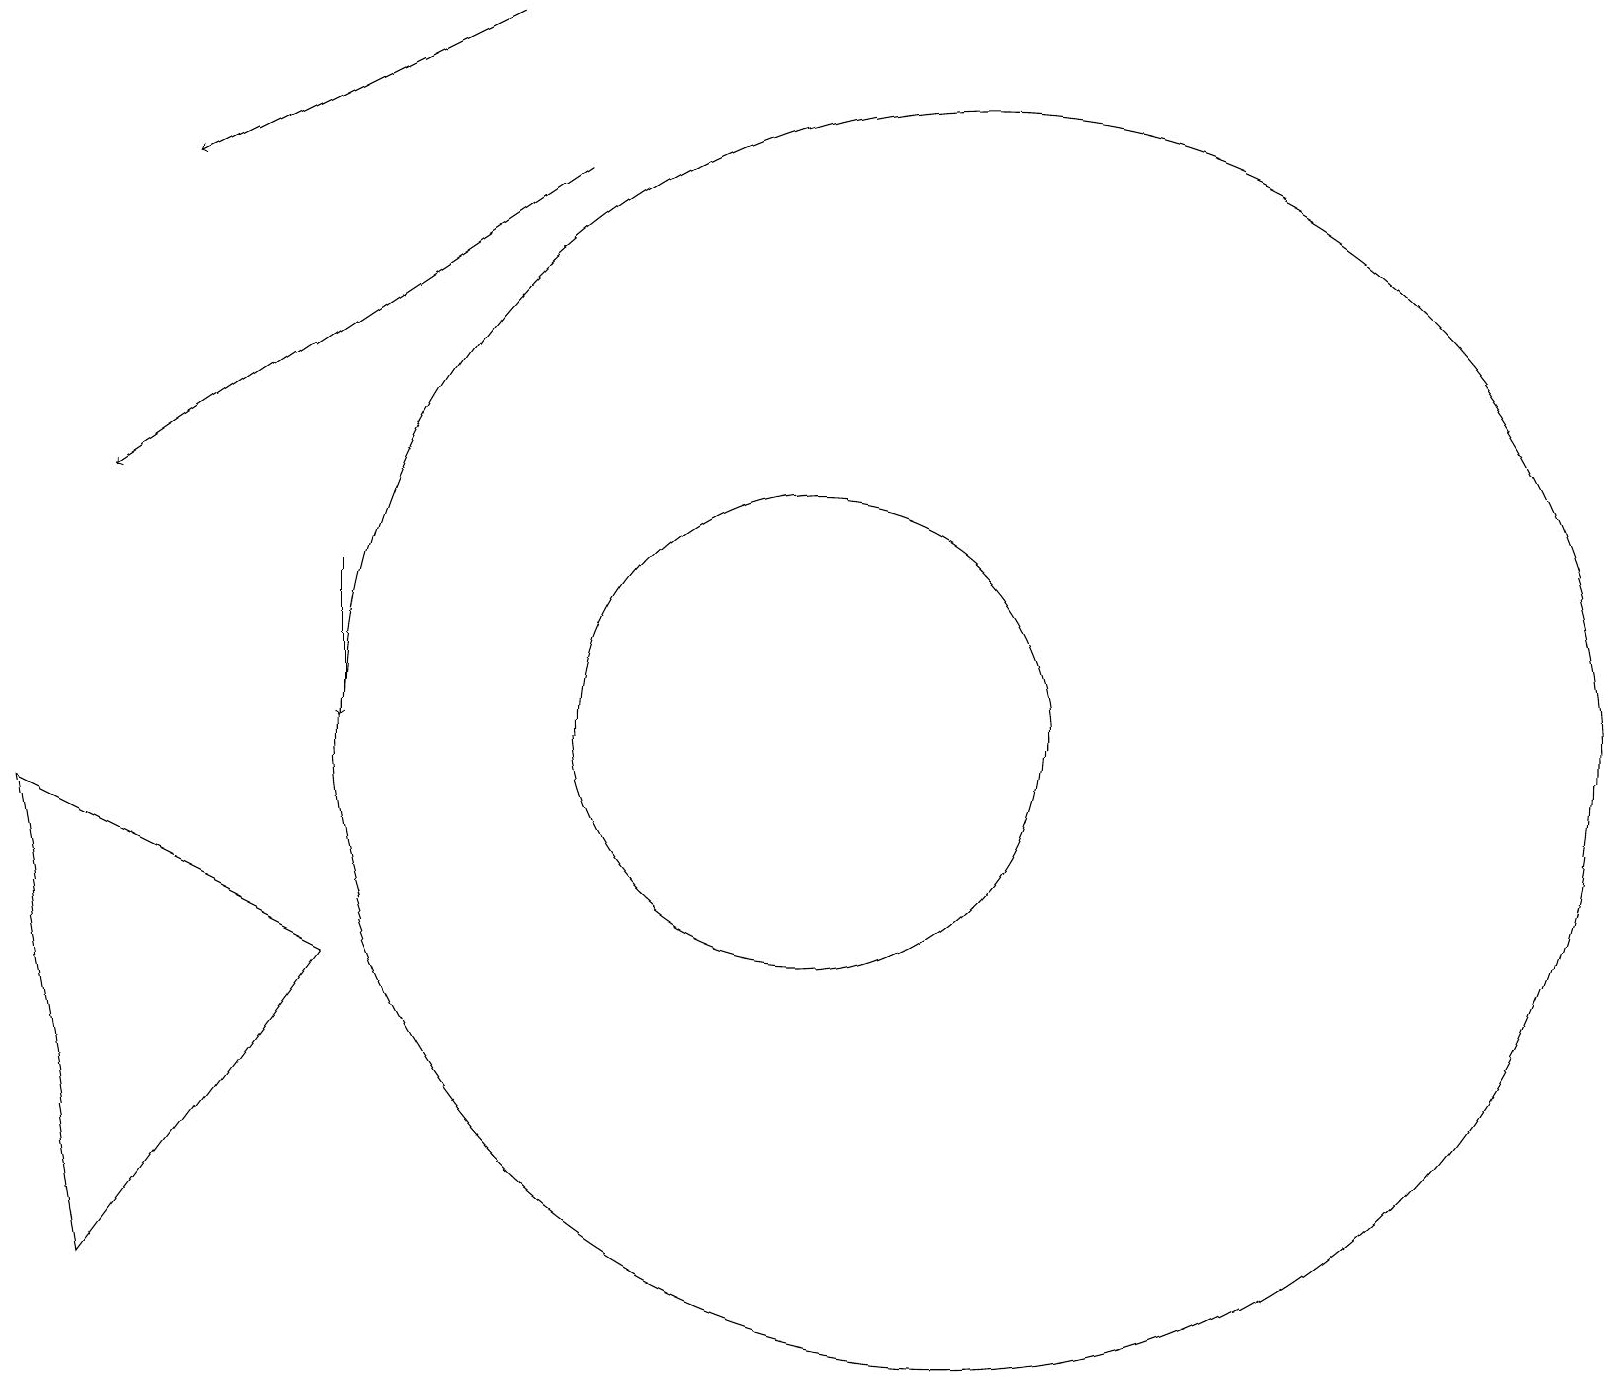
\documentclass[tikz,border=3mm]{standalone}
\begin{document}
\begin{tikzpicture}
\draw[->] (4,12) -- (4,10);
\draw (12,10) circle (8);
\draw[->] (7,17) -- (1,13);
\draw (10,10) circle (3);
\draw (1,3) -- (0,9) -- (4,7) -- cycle;
\draw[->] (6,19) -- (2,17);
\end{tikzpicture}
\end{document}